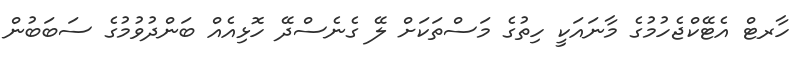
ހާރޓް އެޓޭކްޖެހުމުގެ މާނައަކީ ހިތުގެ މަސްތަކަށް ލޭ ގެނެސްދޭ ހޮޅިއެއް ބަންދުވުމުގެ ސަބަބުން